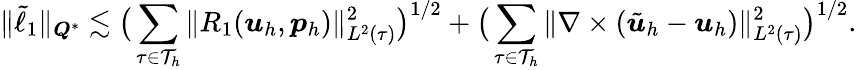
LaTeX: \| \tilde{\ell}_{1}\| _{\boldsymbol{Q}^{*}}\lesssim\big(\sum_{\tau\in\mathcal{T}_{h}}\| R_{1}(\boldsymbol{u}_{h},\boldsymbol{p}_{h})\| _{L^{2}(\tau)}^{2}\big)^{1/2}+\big(\sum_{\tau\in\mathcal{T}_{h}}\| \nabla\times(\tilde{\boldsymbol{u}}_{h}-\boldsymbol{u}_{h})\| _{L^{2}(\tau)}^{2}\big)^{1/2}.